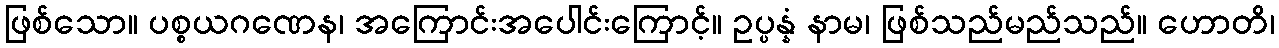
ဖြစ်သော။ ပစ္စယဂဏေန၊ အကြောင်းအပေါင်းကြောင့်။ ဥပ္ပန္နံ နာမ၊ ဖြစ်သည်မည်သည်။ ဟောတိ၊